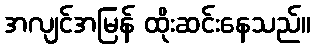
အလျင်အမြန် ထိုးဆင်းနေသည်။